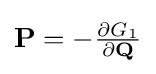
{\textstyle \mathbf {P} =-{\frac {\partial G_{1}}{\partial \mathbf {Q} }}}